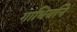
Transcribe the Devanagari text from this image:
गाभिर्याने